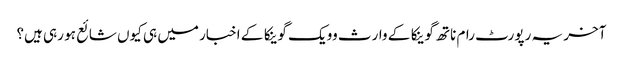
آخر یہ رپورٹ رام ناتھ گوینکا کے وارث وویک گوینکا کے اخبار میں ہی کیوں شائع ہو رہی ہیں؟